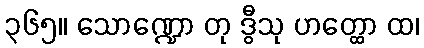
၃၆၅။ သောဏ္ဍော တု ဒွီသု ဟတ္ထော ထ၊